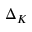
\Delta _ { K }